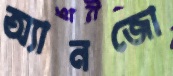
অ্যানজো